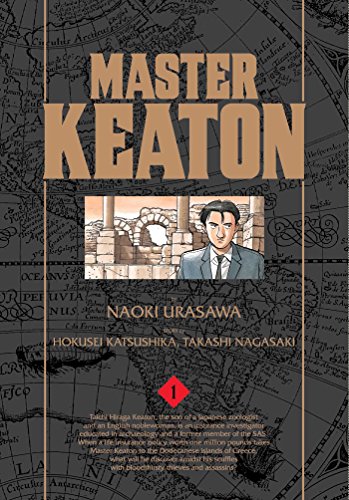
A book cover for Master Keaton, Vol. 1; Naoki Urasawa; Comics & Graphic Novels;